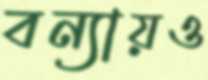
বন্যায়ও